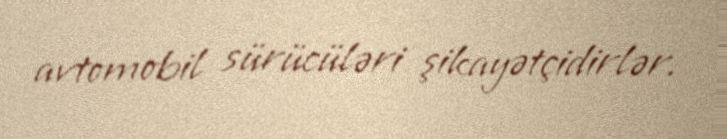
avtomobil sürücüləri şikayətçidirlər.